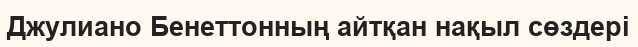
Джулиано Бенеттонның айтқан нақыл сөздері